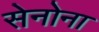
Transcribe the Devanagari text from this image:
सेनोना